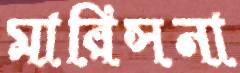
মারিসনা